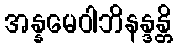
အန္နမေဝါဘိနန္ဒန္တိ